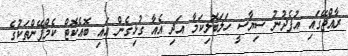
ރާއްޖޭގައި އުފެދުނު ސިޔާސީ ހަލަބޮލިކަމާ އަދި އެއާ ގުޅިގެން އައި ބޮއެކޮޓް ކެމްޕޭންތަކުގެ